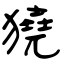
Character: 獟